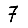
Digit: 7